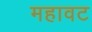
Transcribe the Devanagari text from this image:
महावट